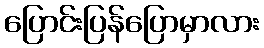
ပြောင်းပြန်ပြောမှာလား